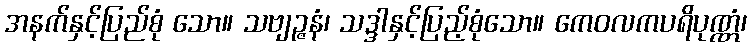
အနက်နှင့်ပြည်စုံ သော။ သဗျဉ္ဇနံ၊ သဒ္ဒါနှင့်ပြည့်စုံသော။ ကေဝလကပရိပုဏ္ဏံ၊